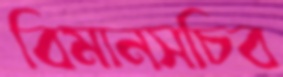
বিমানসচিব